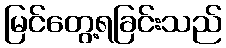
မြင်တွေ့ရခြင်းသည်